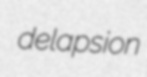
delapsion